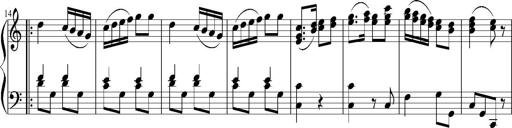
Title: 12 Sonatinas for Piano
Composer: Johann Baptist Vanhal